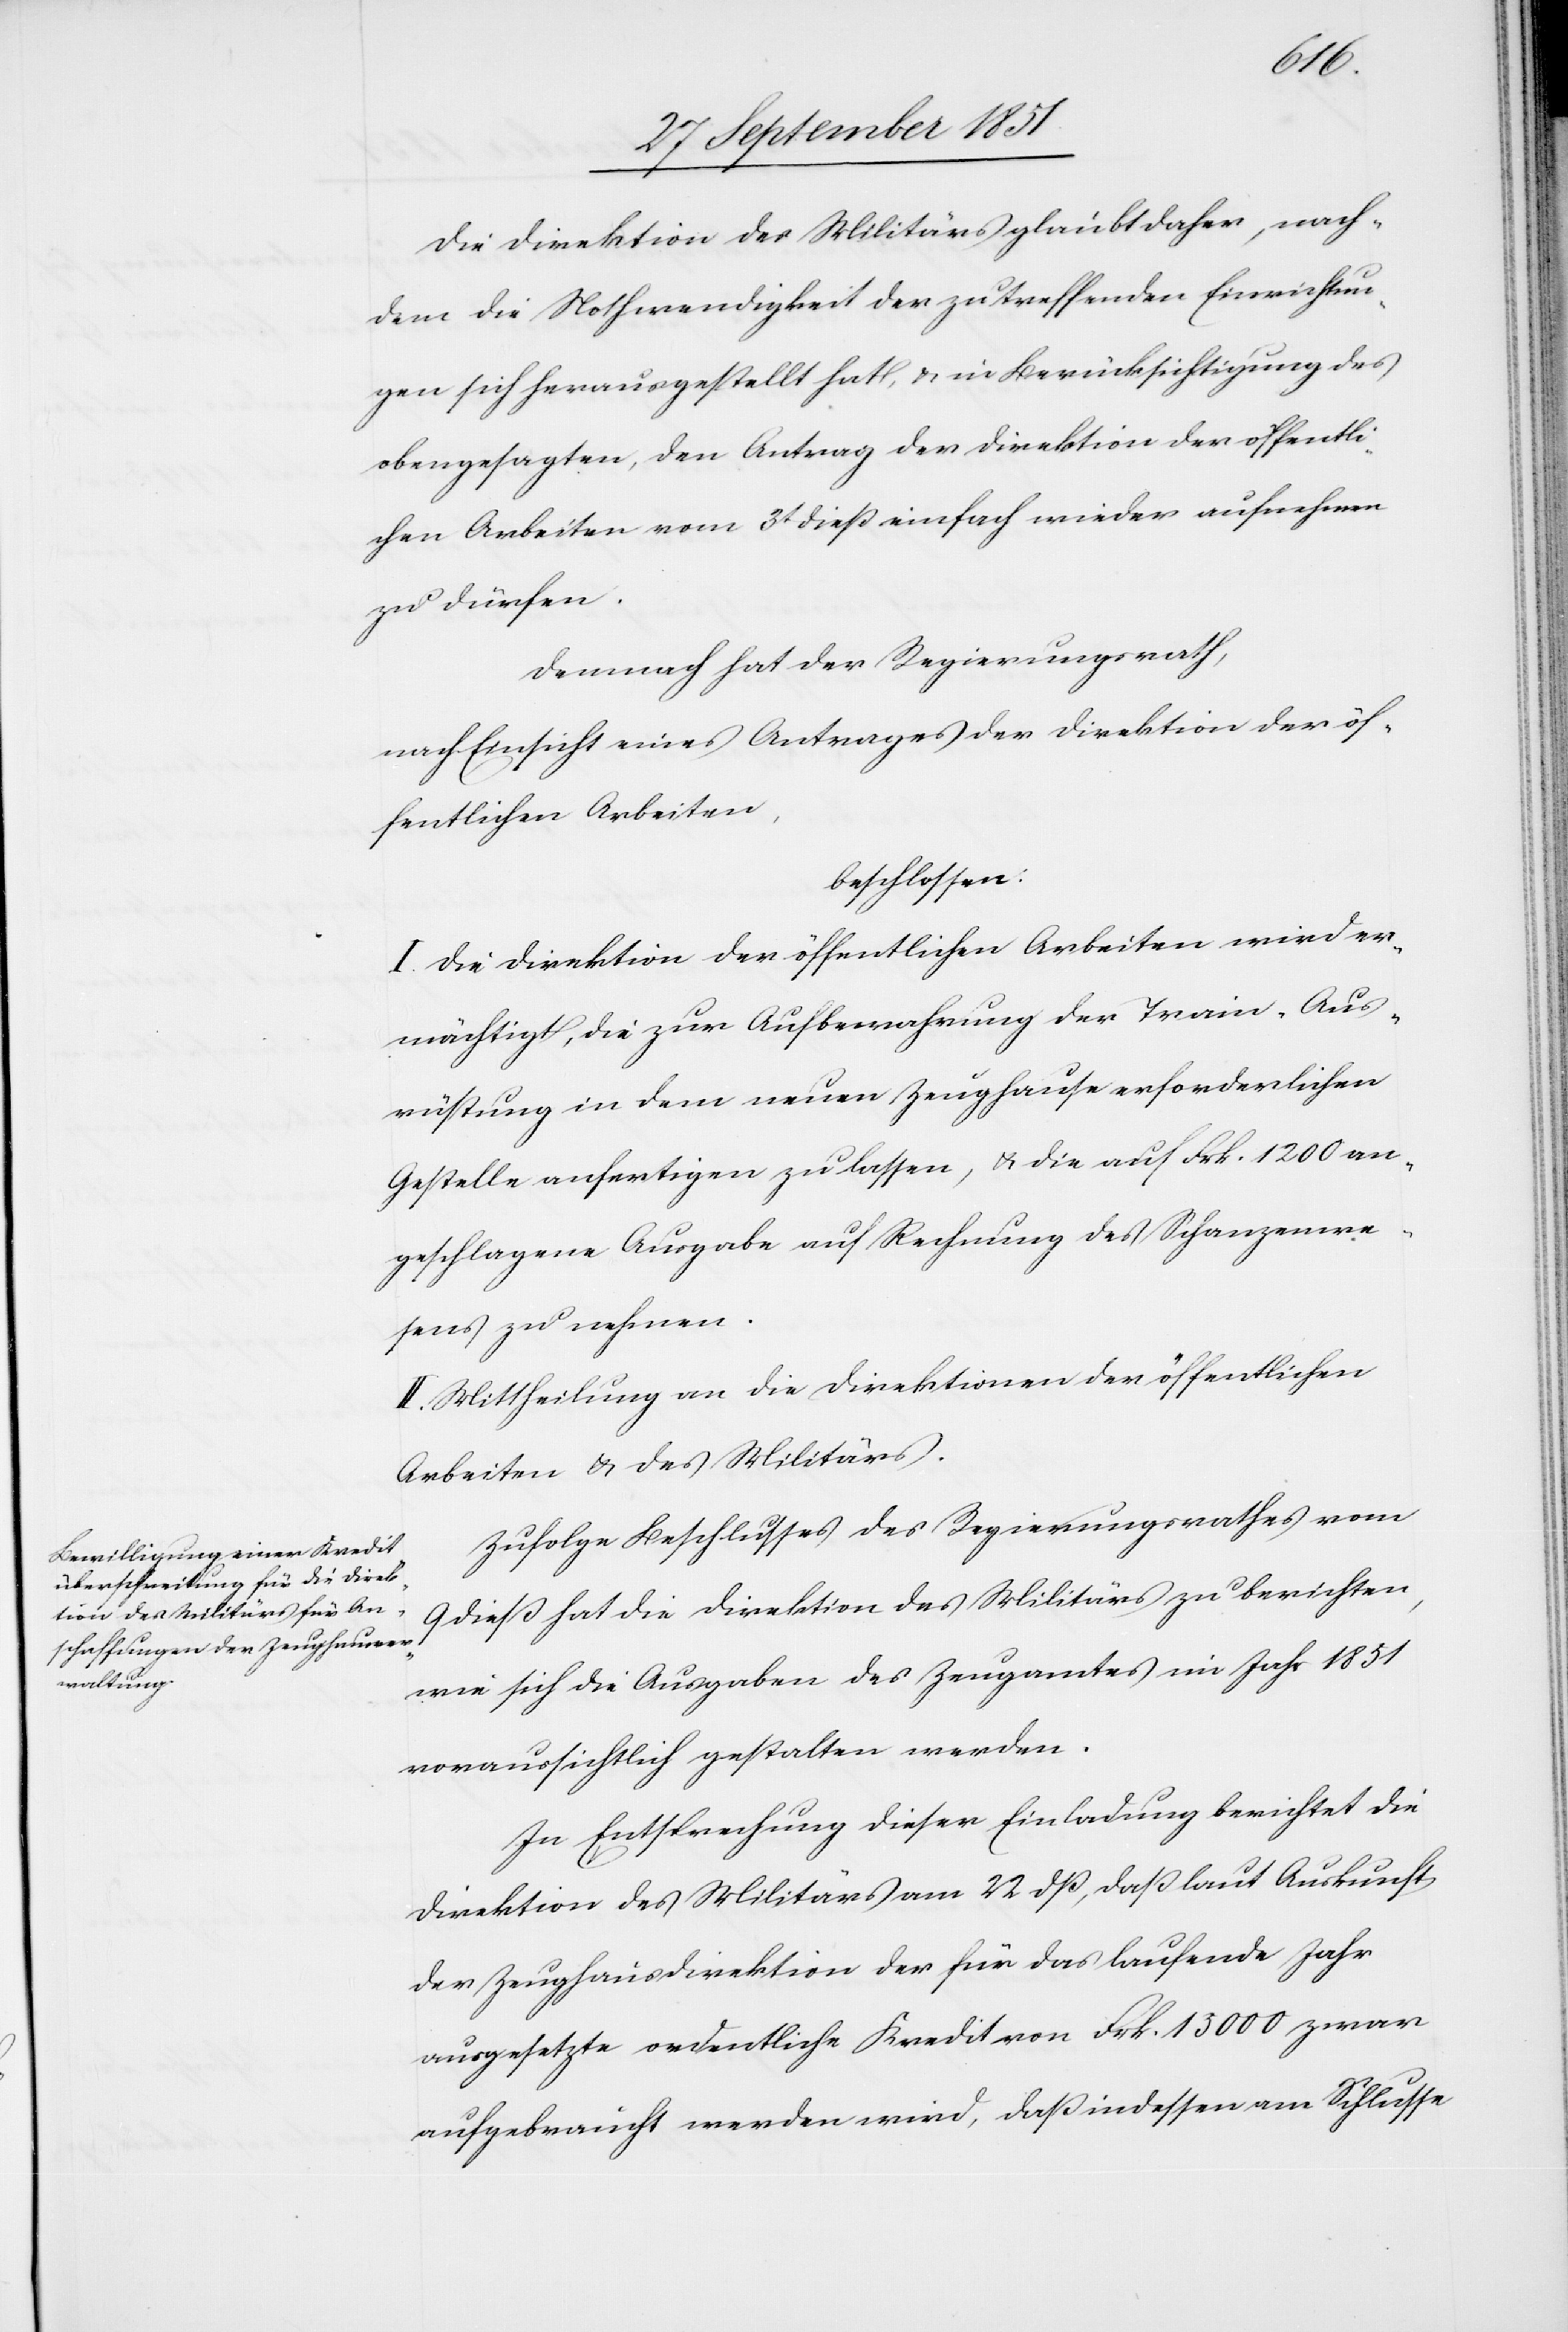
Die Direktion des Militärs glaubt daher, nach¬
dem die Nothwendigkeit der zu treffenden Einrichtun¬
gen sich herausgestellt hat, & in Berücksichtigung des
obengesagten, den Antrag der Direktion der öffentli¬
chen Arbeiten vom 3t dieß einfach wieder aufnehmen
zu dürfen.
Demnach hat der Regierungsrath,
nach Einsicht eines Antrages der Direktion der öf¬
fentlichen Arbeiten,
beschlossen:
I. Die Direktion der öffentlichen Arbeiten wird er¬
mächtigt, die zur Aufbewahrung der Train-Aus¬
rüstung in dem neuen Zeughause erforderlichen
Gestelle anfertigen zu lassen, & die auf Frk. 1200 an¬
geschlagene Ausgabe auf Rechnung des Schanzenwe¬
sens zu nehmen.
II. Mittheilung an die Direktionen der öffentlichen
Arbeiten & des Militärs.
Zufolge Beschlusses des Regierungsrathes vom
9 dieß hat die Direktion des Militärs zu berichten,
wie sich die Ausgaben des Zeugamtes im Jahr 1851
voraussichtlich gestalten werden.
In Entsprechung dieser Einladung berichtet die
Direktion des Militärs am 22 dß, daß laut Auskunft
der Zeughausdirektion der für das laufende Jahr
ausgesetzte ordentliche Kredit von Frk. 15 000 zwar
aufgebraucht werden wird, daß indessen am Schlusse